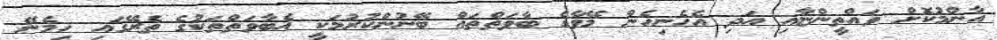
އާންމުކޮށް ވައްތީންޏާއި އަދި އެހެނިހެން މޭވާގެ ބާވަތްތައް ބޭނުންކުރުމަކީ އެބާވަތްތަކުގެ ތެރޭގައި ހިމެނޭ